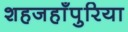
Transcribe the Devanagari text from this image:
शहजहाँपुरिया